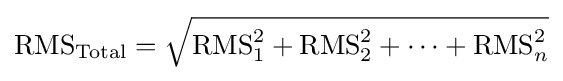
{\text{RMS}}_{\text{Total}}={\sqrt {{\text{RMS}}_{1}^{2}+{\text{RMS}}_{2}^{2}+\cdots +{\text{RMS}}_{n}^{2}}}